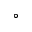
^ { \circ }